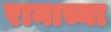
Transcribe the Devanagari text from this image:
रानाच्या